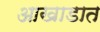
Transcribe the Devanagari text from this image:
आखाडात